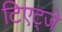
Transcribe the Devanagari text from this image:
टिएट्जे